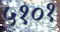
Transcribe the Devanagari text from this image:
५१०१